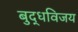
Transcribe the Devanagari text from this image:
बुद्धविजय